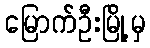
မြောက်ဦးမြို့မှ